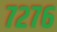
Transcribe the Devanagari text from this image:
७२७६